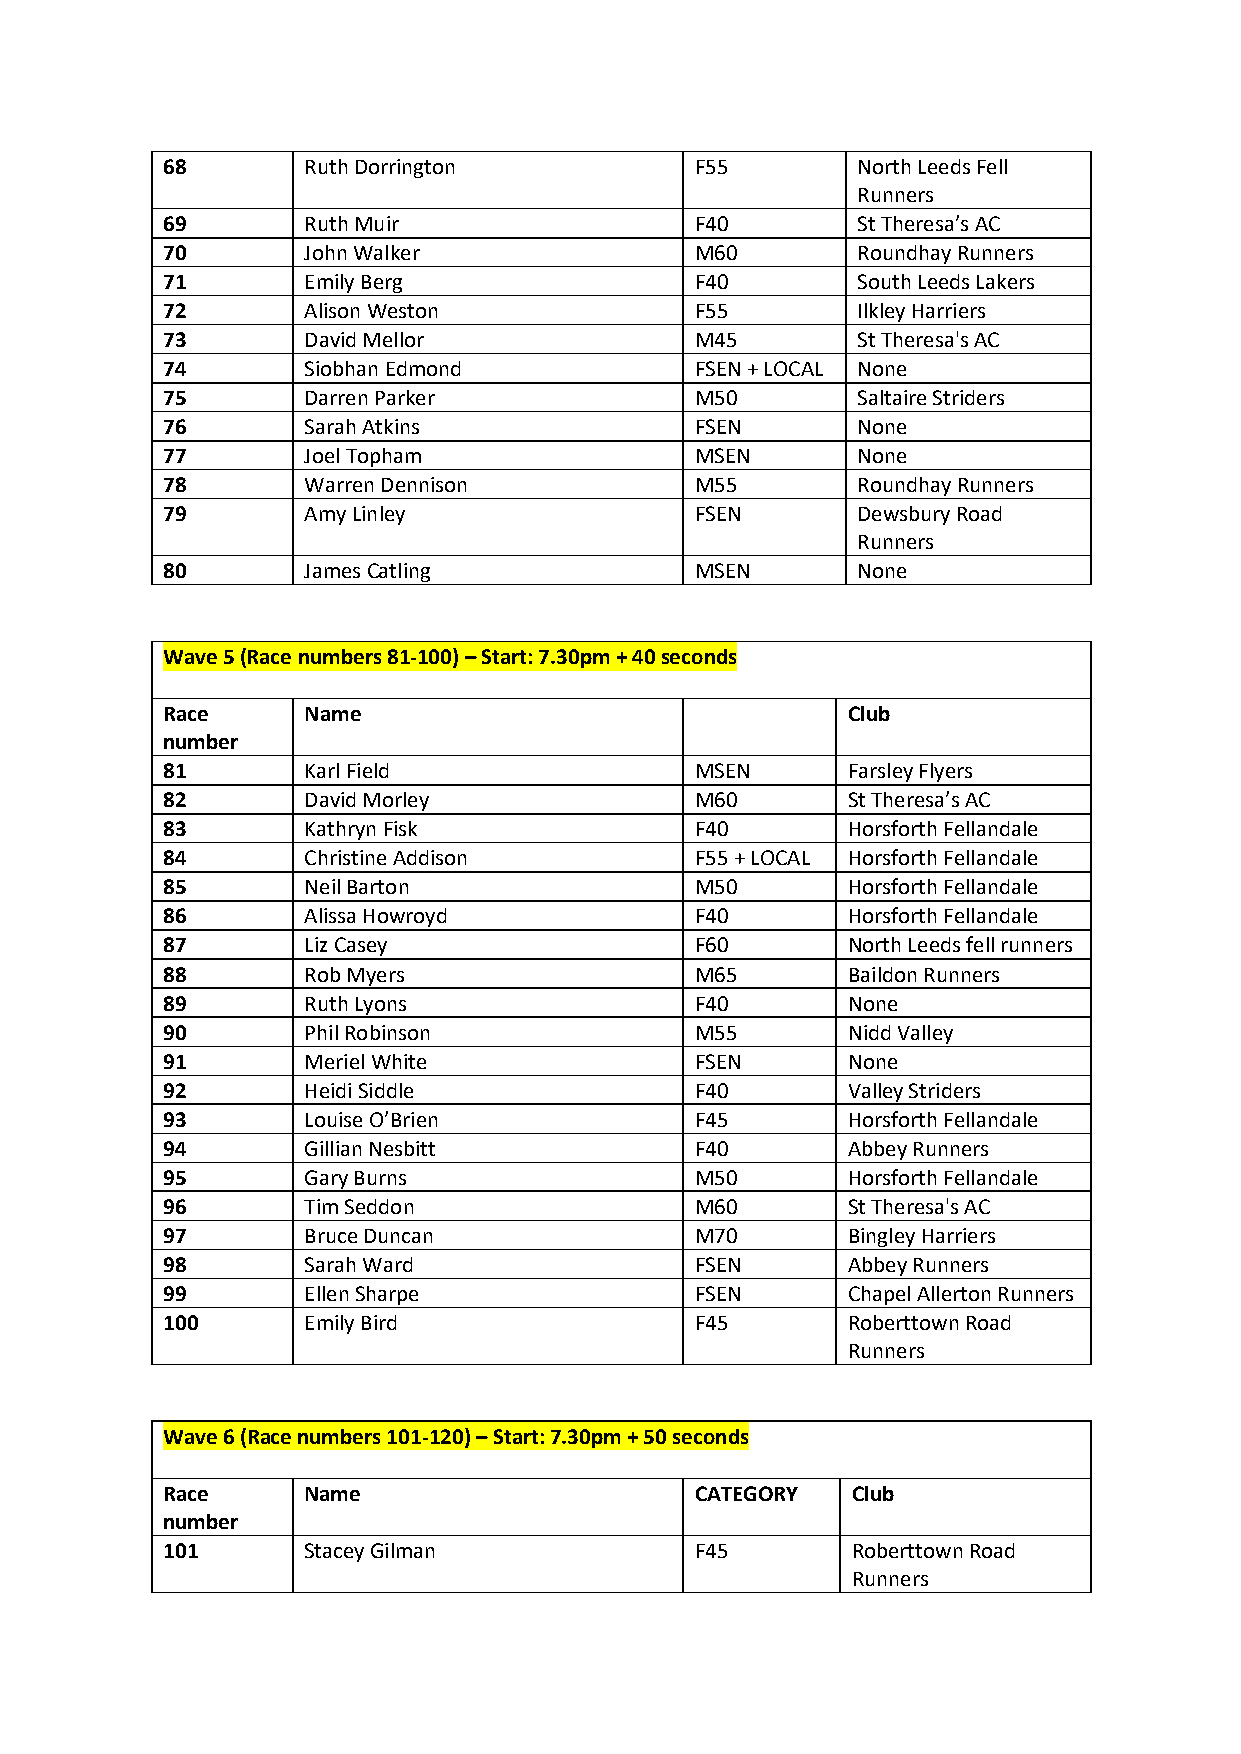
68       Ruth Dorrington           F55        North Leeds Fell
 Runners
 69       Ruth Muir                 F40        St Theresa’s AC
 70       John Walker               M60        Roundhay Runners
 71       Emily Berg                F40        South Leeds Lakers
 72       Alison Weston             F55        Ilkley Harriers
 73       David Mellor              M45        St Theresa's AC
 74       Siobhan Edmond            FSEN + LOCAL None
 75       Darren Parker             M50        Saltaire Striders
 76       Sarah Atkins              FSEN       None
 77       Joel Topham               MSEN       None
 78       Warren Dennison           M55        Roundhay Runners
 79       Amy Linley                FSEN       Dewsbury Road
 Runners
 80       James Catling             MSEN       None
 Wave 5 (Race numbers 81-100) – Start: 7.30pm + 40 seconds
 Race     Name                                Club
 number
 81       Karl Field                MSEN      Farsley Flyers
 82       David Morley              M60       St Theresa’s AC
 83       Kathryn Fisk              F40       Horsforth Fellandale
 84       Christine Addison         F55 + LOCAL Horsforth Fellandale
 85       Neil Barton               M50       Horsforth Fellandale
 86       Alissa Howroyd            F40       Horsforth Fellandale
 87       Liz Casey                 F60       North Leeds fell runners
 88       Rob Myers                 M65       Baildon Runners
 89       Ruth Lyons                F40       None
 90       Phil Robinson             M55       Nidd Valley
 91       Meriel White              FSEN      None
 92       Heidi Siddle              F40       Valley Striders
 93       Louise O’Brien            F45       Horsforth Fellandale
 94       Gillian Nesbitt           F40       Abbey Runners
 95       Gary Burns                M50       Horsforth Fellandale
 96       Tim Seddon                M60       St Theresa's AC
 97       Bruce Duncan              M70       Bingley Harriers
 98       Sarah Ward                FSEN      Abbey Runners
 99       Ellen Sharpe              FSEN      Chapel Allerton Runners
 100      Emily Bird                F45       Roberttown Road
 Runners
 Wave 6 (Race numbers 101-120) – Start: 7.30pm + 50 seconds
 Race     Name                      CATEGORY  Club
 number
 101      Stacey Gilman             F45       Roberttown Road
 Runners